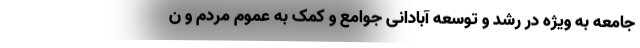
جامعه به ویژه در رشد و توسعه آبادانی جوامع و کمک به عموم مردم و ن